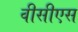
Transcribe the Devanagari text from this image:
वीसीएस